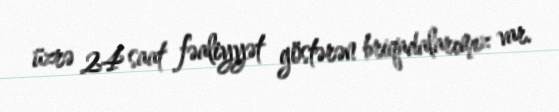
üzrə 24 saat fəaliyyət göstərən briqadalarımız var.